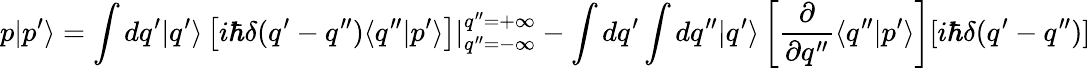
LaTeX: p|p^{\prime}\rangle=\int dq^{\prime}|q^{\prime}\rangle\left[i\hbar\delta(q^{\prime}-q^{\prime\prime})\langle q^{\prime\prime}|p^{\prime}\rangle\right]|_{q^{\prime\prime}=-\infty}^{q^{\prime\prime}=+\infty}-\int dq^{\prime}\int dq^{\prime\prime}|q^{\prime}\rangle\left[\frac{\partial}{\partial q^{\prime\prime}}\langle q^{\prime\prime}|p^{\prime}\rangle\right][i\hbar\delta(q^{\prime}-q^{\prime\prime})]